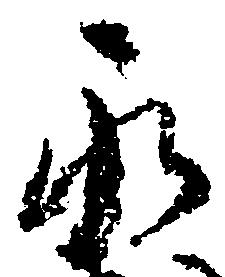
永